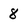
Character: 8